Medical and sanitary report of the native army of Bengal for the year
Year: 1875
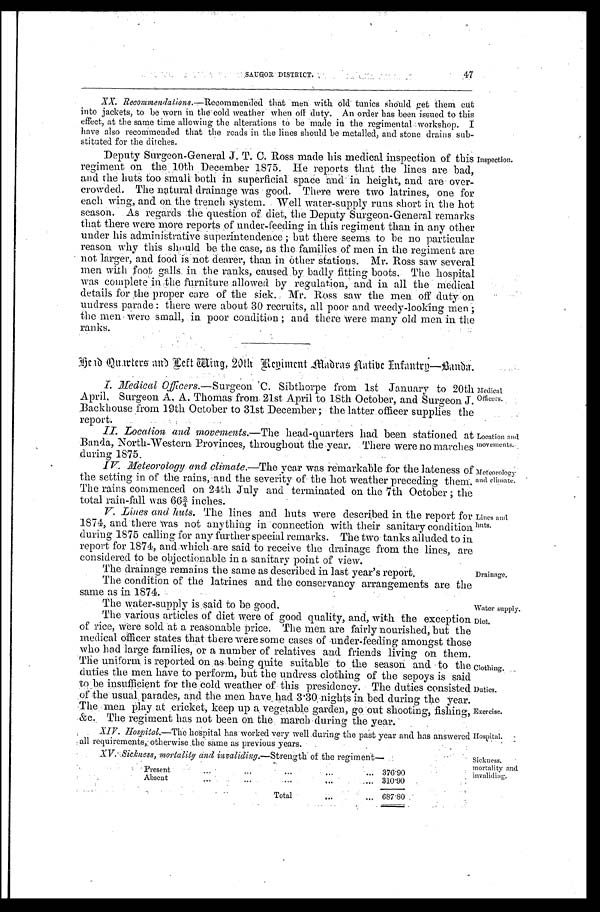
SA.UGOR DISTRICT.
47
The water-supply is said to be good.
Water supply.
Clothing.
Duties.
Exercise.
Hospital.
XX. Recommendations .—Recommended that men with old tunics should get them cut
into jackets, to be worn in the cold weather when off duty. An order has been issued to this
effect, at the same time allowing the alterations to be made in the regimental workshop. I
have also recommended that the roads in the lines should be metalled, and stone drains sub
-
stituted for the ditches.
Deputy Surgeon-General J. T. C. Ross made his medical inspection of this
regiment on the 10th December 1875. He reports that the lines are bad,
and the huts too small both in superficial space and in height, and are over
-
crowded. The natural drainage was good. There were two latrines, one for
each wing, and on the trench system. Well water-supply runs short in the hot
season. As regards the question of diet, the Deputy Surgeon-General remarks
that there were more reports of under-feeding in this regiment than in any other
under his administrative superintendence; but there seems to be no particular
reason why this should be the case, as the families of men in the regiment are
not larger, and food is not dearer, than in other stations. Mr. Ross saw several
men with foot galls in the ranks, caused by badly fitting boots. The hospital
was complete in the furniture allowed by regulation, and in all the medical
details for the proper care of the sick. Mr. Ross saw the men off duty on
undress parade: there were about 30 recruits, all poor and weedy-looking men;
the men were small, in poor condition; and there were many old men in the
ranks.
Inspection.
Head Quarters and Left Wing, 20th Regiment Madras Aative Infantry —Banda.
I. Medical Officers .—Surgeon C. Sibthorpe from 1st January to 20th
April, Surgeon A. A. Thomas from 21st April to 18th October, and Surgeon J.
Backhouse from 19th October to 31st December; the latter officer supplies the
report.
II. Location and movements.— The head-quarters had been stationed at
Banda, North-Western Provinces, throughout the year. There were no marches
during 1875.
IV. Meteorology and climate.— The year was remarkable for the lateness of
the setting in of the rains, and the severity of the hot Weather preceding them.
The rains commenced on 24th July and terminated on the 7th October; the
total rain-fall was 66¾ inches.
V. Lines and huts. The lines and huts were described in the report for
1874, and there was not anything in connection with their sanitary condition
during 1875 calling for any further special remarks. The two tanks alluded to in
report for 1874, and which are said to receive the drainage from the lines, are
considered to be objectionable in a sanitary point of view.
The drainage remains the same as described in last year's report.
The condition of the latrines and the conservancy arrangements are the
same as in 1874.
Medical
Officers.
Location and
movements.
Meteorology
and climate.
Lines and huts.
Drainage.
The various articles of diet were of good quality, and, with the exception
of rice, were sold at a reasonable price. The men are fairly nourished, but the
medical officer states that there were some cases of under-feeding amongst those
who had large families, or a number of relatives and friends living on them.
The uniform is reported on as being quite suitable to the season and to
t h e
duties the men have to perform, but the undress clothing of the sepoys is sa
i d
to be insufficient for the cold weather of this presidency. The duties consisted
of the usual parades, and the men have had 3.30 nights in bed during the year.
The men play at cricket, keep up a vegetable garden, go out shooting, fishing,
&c. The regiment has not been on the march during the year.
XIV. Hospital.— The hospital has worked very well during the past year and has answered
all requirements, otherwise the same as previous years.
Diet.
XV. Sickness, mortality and invaliding .—Strength of the regiment—
Present . . .
376.90
Absent
.
.
.
310.90
T o t a l . . .
687.80
Sickness,
mortality and invaliding.